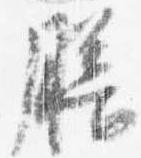
膳